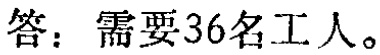
答：需要36名工人。